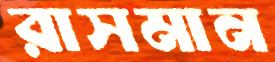
রাসমান